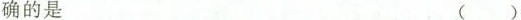
确的是 ()